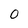
Character: 0